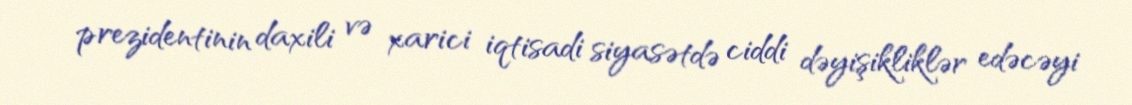
prezidentinin daxili və xarici iqtisadi siyasətdə ciddi dəyişikliklər edəcəyi